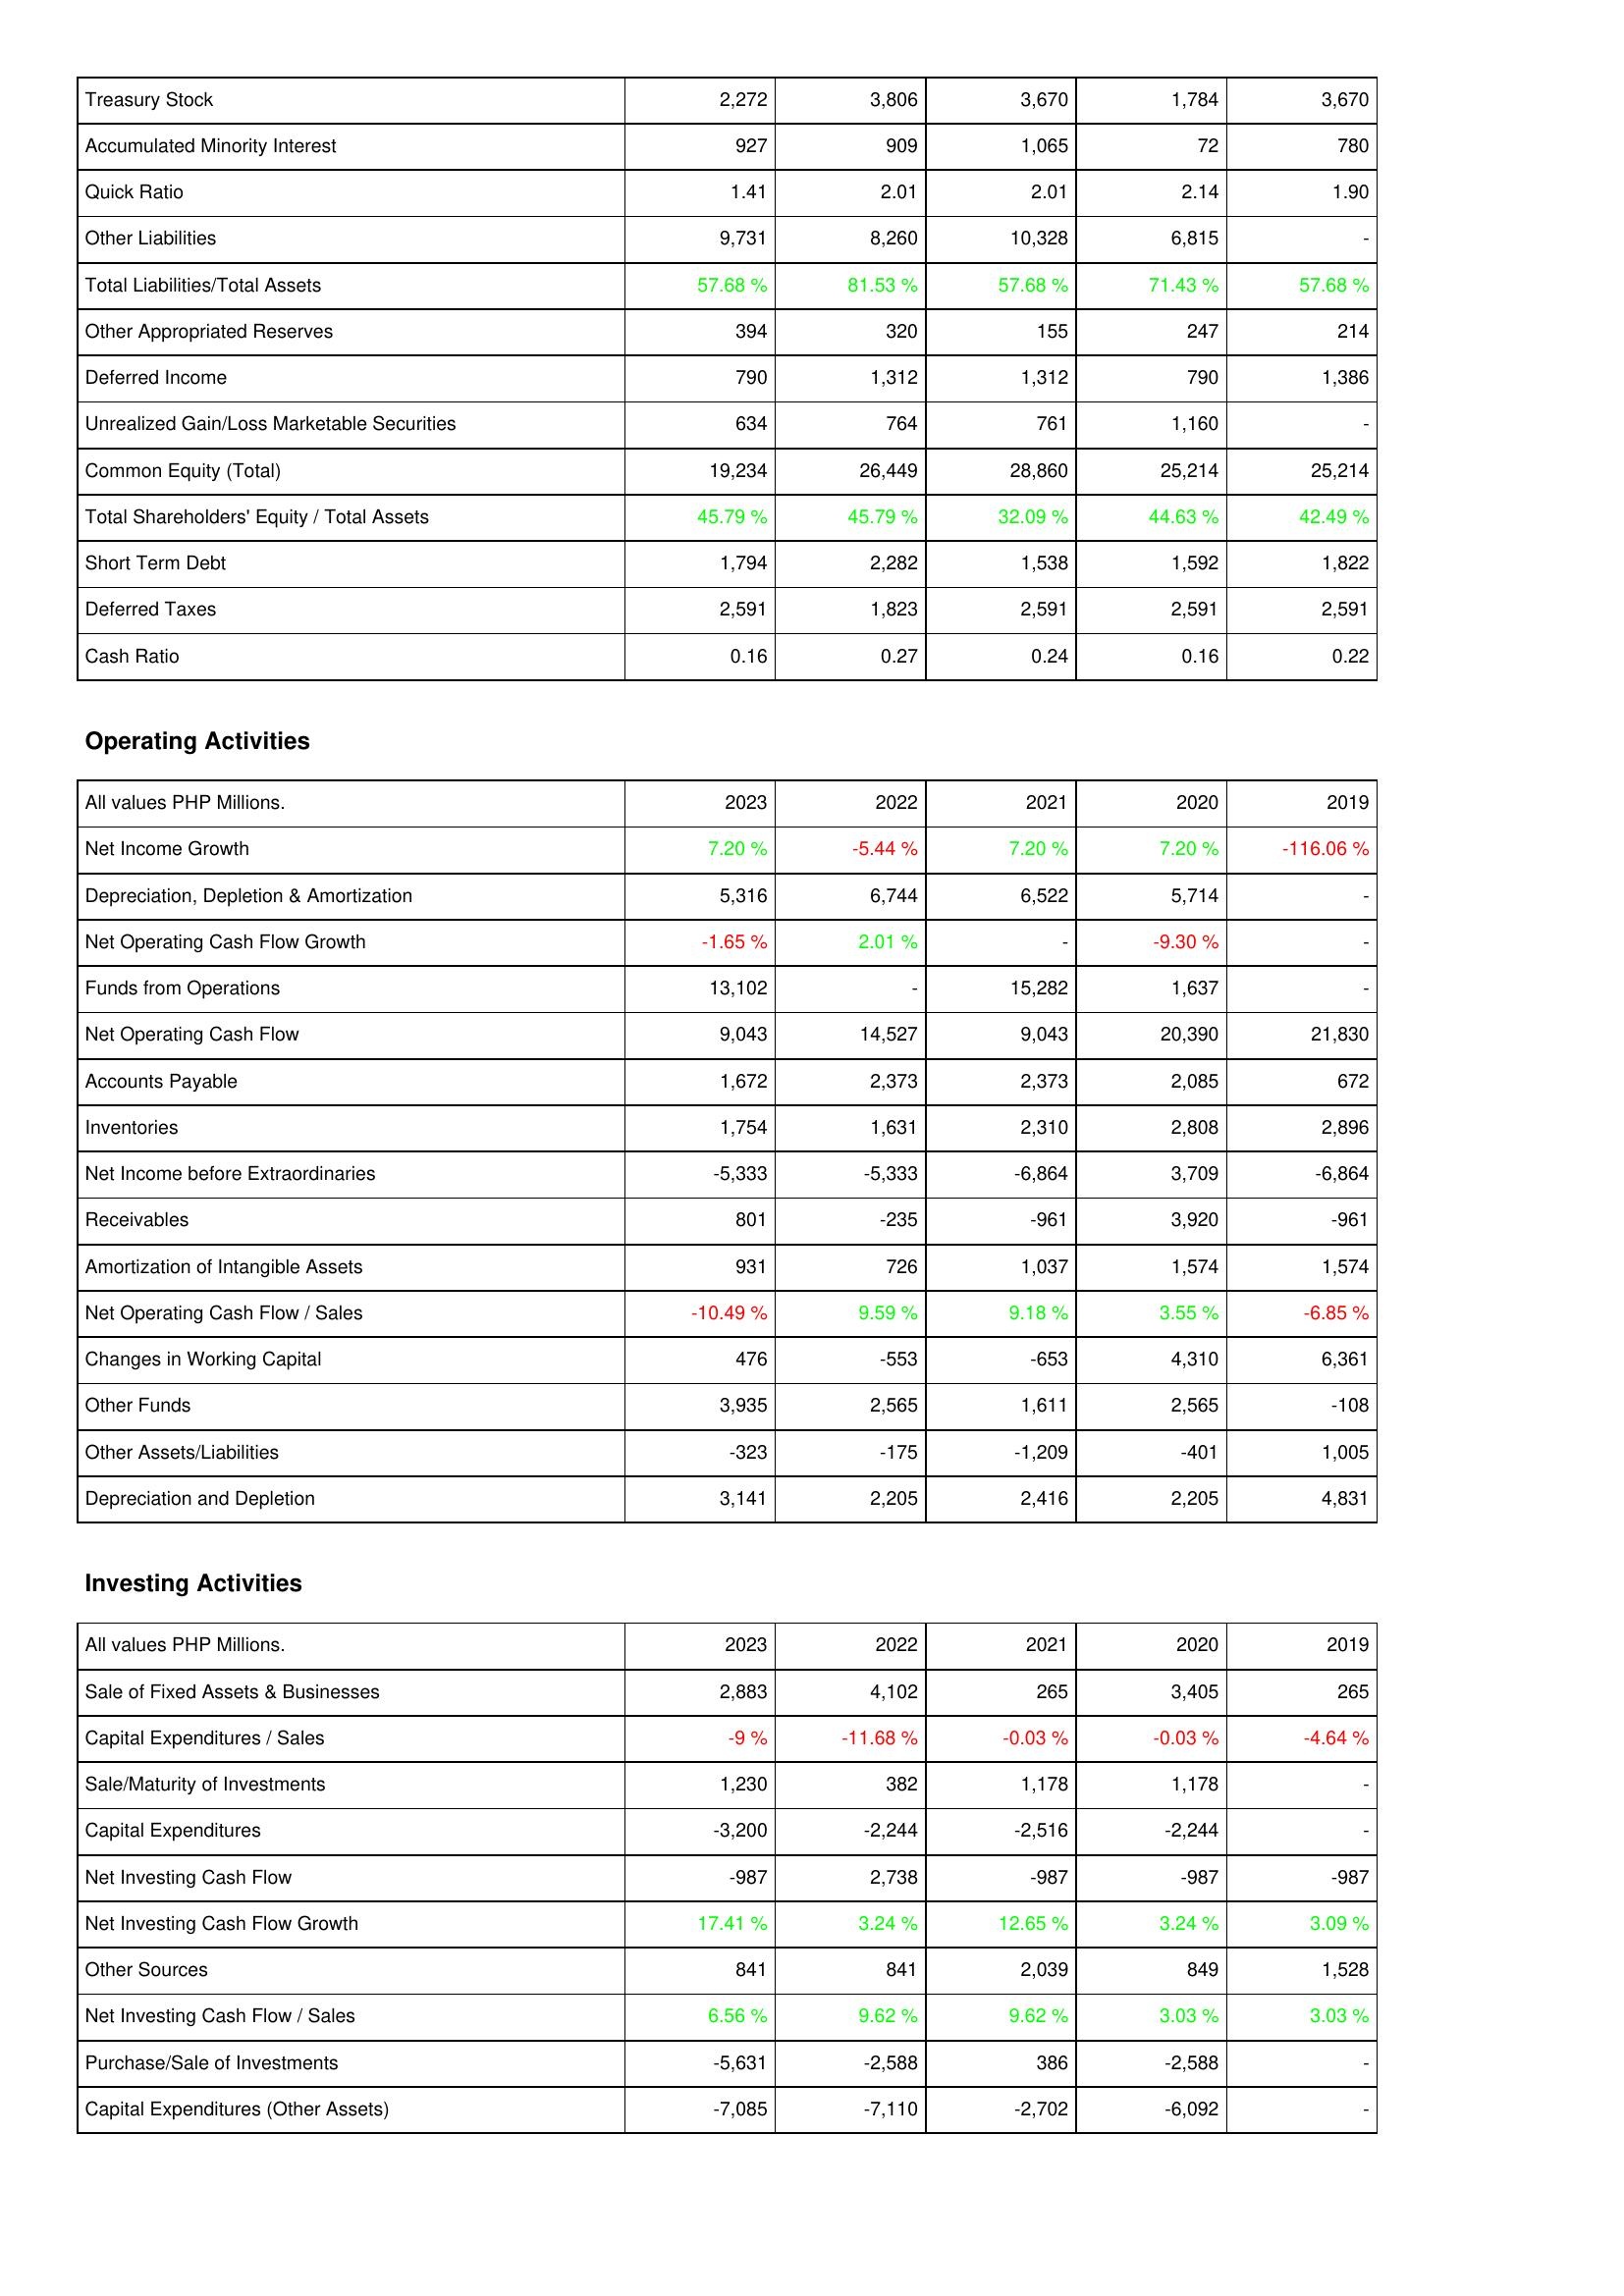
2023: Liabilities & Shareholders' Equity: Treasury Stock: 2,272
Accumulated Minority Interest: 927
Quick Ratio: 1.41
Other Liabilities: 9,731
Total Liabilities/Total Assets: 57.68 %
Other Appropriated Reserves: 394
Deferred Income: 790
Unrealized Gain/Loss Marketable Securities: 634
Common Equity (Total): 19,234
Total Shareholders' Equity / Total Assets: 45.79 %
Short Term Debt: 1,794
Deferred Taxes: 2,591
Cash Ratio: 0.16
Operating Activities: Net Income Growth: 7.20 %
Depreciation, Depletion & Amortization: 5,316
Net Operating Cash Flow Growth: -1.65 %
Funds from Operations: 13,102
Net Operating Cash Flow: 9,043
Accounts Payable: 1,672
Inventories: 1,754
Net Income before Extraordinaries: -5,333
Receivables: 801
Amortization of Intangible Assets: 931
Net Operating Cash Flow / Sales: -10.49 %
Changes in Working Capital: 476
Other Funds: 3,935
Other Assets/Liabilities: -323
Depreciation and Depletion: 3,141
Investing Activities: Sale of Fixed Assets & Businesses: 2,883
Capital Expenditures / Sales: -9 %
Sale/Maturity of Investments: 1,230
Capital Expenditures: -3,200
Net Investing Cash Flow: -987
Net Investing Cash Flow Growth: 17.41 %
Other Sources: 841
Net Investing Cash Flow / Sales: 6.56 %
Purchase/Sale of Investments: -5,631
Capital Expenditures (Other Assets): -7,085
2022: Liabilities & Shareholders' Equity: Treasury Stock: 3,806
Accumulated Minority Interest: 909
Quick Ratio: 2.01
Other Liabilities: 8,260
Total Liabilities/Total Assets: 81.53 %
Other Appropriated Reserves: 320
Deferred Income: 1,312
Unrealized Gain/Loss Marketable Securities: 764
Common Equity (Total): 26,449
Total Shareholders' Equity / Total Assets: 45.79 %
Short Term Debt: 2,282
Deferred Taxes: 1,823
Cash Ratio: 0.27
Operating Activities: Net Income Growth: -5.44 %
Depreciation, Depletion & Amortization: 6,744
Net Operating Cash Flow Growth: 2.01 %
Funds from Operations: -
Net Operating Cash Flow: 14,527
Accounts Payable: 2,373
Inventories: 1,631
Net Income before Extraordinaries: -5,333
Receivables: -235
Amortization of Intangible Assets: 726
Net Operating Cash Flow / Sales: 9.59 %
Changes in Working Capital: -553
Other Funds: 2,565
Other Assets/Liabilities: -175
Depreciation and Depletion: 2,205
Investing Activities: Sale of Fixed Assets & Businesses: 4,102
Capital Expenditures / Sales: -11.68 %
Sale/Maturity of Investments: 382
Capital Expenditures: -2,244
Net Investing Cash Flow: 2,738
Net Investing Cash Flow Growth: 3.24 %
Other Sources: 841
Net Investing Cash Flow / Sales: 9.62 %
Purchase/Sale of Investments: -2,588
Capital Expenditures (Other Assets): -7,110
2021: Liabilities & Shareholders' Equity: Treasury Stock: 3,670
Accumulated Minority Interest: 1,065
Quick Ratio: 2.01
Other Liabilities: 10,328
Total Liabilities/Total Assets: 57.68 %
Other Appropriated Reserves: 155
Deferred Income: 1,312
Unrealized Gain/Loss Marketable Securities: 761
Common Equity (Total): 28,860
Total Shareholders' Equity / Total Assets: 32.09 %
Short Term Debt: 1,538
Deferred Taxes: 2,591
Cash Ratio: 0.24
Operating Activities: Net Income Growth: 7.20 %
Depreciation, Depletion & Amortization: 6,522
Net Operating Cash Flow Growth: -
Funds from Operations: 15,282
Net Operating Cash Flow: 9,043
Accounts Payable: 2,373
Inventories: 2,310
Net Income before Extraordinaries: -6,864
Receivables: -961
Amortization of Intangible Assets: 1,037
Net Operating Cash Flow / Sales: 9.18 %
Changes in Working Capital: -653
Other Funds: 1,611
Other Assets/Liabilities: -1,209
Depreciation and Depletion: 2,416
Investing Activities: Sale of Fixed Assets & Businesses: 265
Capital Expenditures / Sales: -0.03 %
Sale/Maturity of Investments: 1,178
Capital Expenditures: -2,516
Net Investing Cash Flow: -987
Net Investing Cash Flow Growth: 12.65 %
Other Sources: 2,039
Net Investing Cash Flow / Sales: 9.62 %
Purchase/Sale of Investments: 386
Capital Expenditures (Other Assets): -2,702
2020: Liabilities & Shareholders' Equity: Treasury Stock: 1,784
Accumulated Minority Interest: 72
Quick Ratio: 2.14
Other Liabilities: 6,815
Total Liabilities/Total Assets: 71.43 %
Other Appropriated Reserves: 247
Deferred Income: 790
Unrealized Gain/Loss Marketable Securities: 1,160
Common Equity (Total): 25,214
Total Shareholders' Equity / Total Assets: 44.63 %
Short Term Debt: 1,592
Deferred Taxes: 2,591
Cash Ratio: 0.16
Operating Activities: Net Income Growth: 7.20 %
Depreciation, Depletion & Amortization: 5,714
Net Operating Cash Flow Growth: -9.30 %
Funds from Operations: 1,637
Net Operating Cash Flow: 20,390
Accounts Payable: 2,085
Inventories: 2,808
Net Income before Extraordinaries: 3,709
Receivables: 3,920
Amortization of Intangible Assets: 1,574
Net Operating Cash Flow / Sales: 3.55 %
Changes in Working Capital: 4,310
Other Funds: 2,565
Other Assets/Liabilities: -401
Depreciation and Depletion: 2,205
Investing Activities: Sale of Fixed Assets & Businesses: 3,405
Capital Expenditures / Sales: -0.03 %
Sale/Maturity of Investments: 1,178
Capital Expenditures: -2,244
Net Investing Cash Flow: -987
Net Investing Cash Flow Growth: 3.24 %
Other Sources: 849
Net Investing Cash Flow / Sales: 3.03 %
Purchase/Sale of Investments: -2,588
Capital Expenditures (Other Assets): -6,092
2019: Liabilities & Shareholders' Equity: Treasury Stock: 3,670
Accumulated Minority Interest: 780
Quick Ratio: 1.90
Other Liabilities: -
Total Liabilities/Total Assets: 57.68 %
Other Appropriated Reserves: 214
Deferred Income: 1,386
Unrealized Gain/Loss Marketable Securities: -
Common Equity (Total): 25,214
Total Shareholders' Equity / Total Assets: 42.49 %
Short Term Debt: 1,822
Deferred Taxes: 2,591
Cash Ratio: 0.22
Operating Activities: Net Income Growth: -116.06 %
Depreciation, Depletion & Amortization: -
Net Operating Cash Flow Growth: -
Funds from Operations: -
Net Operating Cash Flow: 21,830
Accounts Payable: 672
Inventories: 2,896
Net Income before Extraordinaries: -6,864
Receivables: -961
Amortization of Intangible Assets: 1,574
Net Operating Cash Flow / Sales: -6.85 %
Changes in Working Capital: 6,361
Other Funds: -108
Other Assets/Liabilities: 1,005
Depreciation and Depletion: 4,831
Investing Activities: Sale of Fixed Assets & Businesses: 265
Capital Expenditures / Sales: -4.64 %
Sale/Maturity of Investments: -
Capital Expenditures: -
Net Investing Cash Flow: -987
Net Investing Cash Flow Growth: 3.09 %
Other Sources: 1,528
Net Investing Cash Flow / Sales: 3.03 %
Purchase/Sale of Investments: -
Capital Expenditures (Other Assets): -